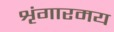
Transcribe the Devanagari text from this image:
शृंगारमय